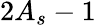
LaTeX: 2A_{s}-1